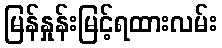
မြန်နှုန်းမြင့်ရထားလမ်း